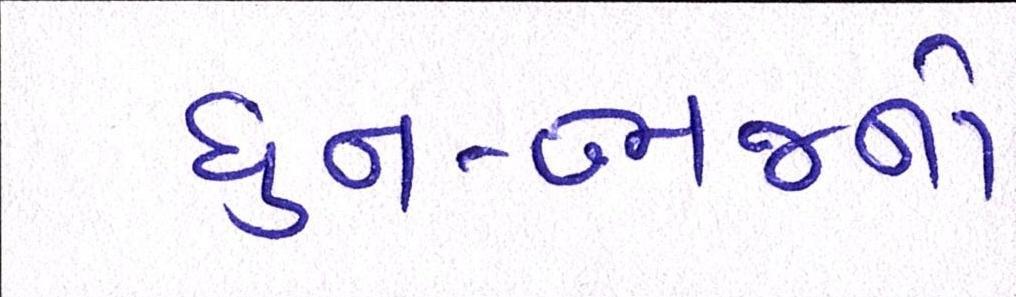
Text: ધુન-ભજનો